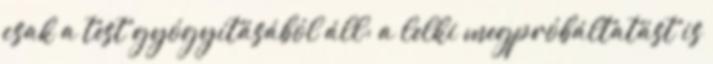
csak a test gyógyításából áll: a lelki megpróbáltatást is